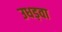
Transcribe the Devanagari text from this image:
उधड़वा